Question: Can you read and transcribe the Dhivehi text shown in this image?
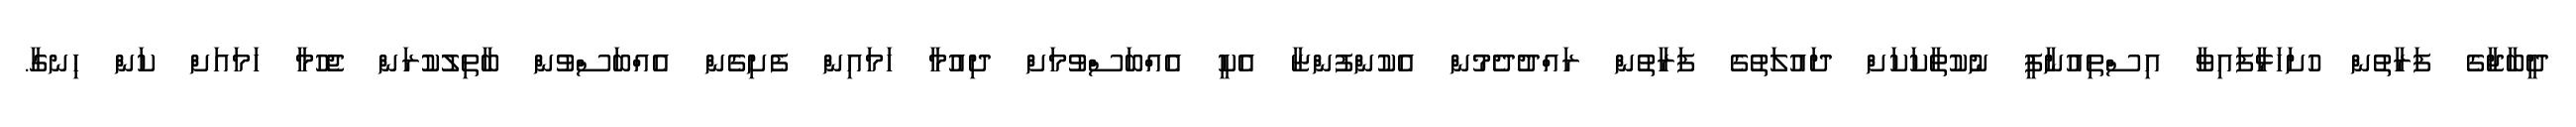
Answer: ދީބާޖާގެ ފަރާތުން ހުށަހަޅާފައިވާ އިސްތިއުނާފީ ނުކުތާކަކަށް ދައުލަތުގެ ފަރާތުން ރައްދުދެމުން އެކުންފުންޏާ އެކީ އެއްބަސްވުމަށް ދިއުމާ ހަމައިން ފެށިގެން އެއްބަސްވުން ބާތިލުކުރަން ޖެހުމާ ހަމައަށް ކަން ހިނގާ.